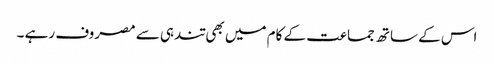
اس کے ساتھ جماعت کے کام میں بھی تندہی سے مصروف رہے ۔